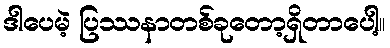
ဒါပေမဲ့ ပြဿနာတစ်ခုတော့ရှိတာပေါ့။